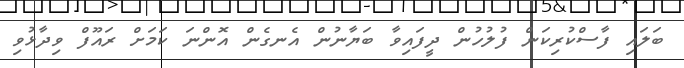
ބަލައި ފާސްކުރިކަން ފުލުހުން ދީފައިވާ ބަޔާނުން އެނގެން އޮންނަ ކަމަށް ރައޫފް ވިދާޅުވި